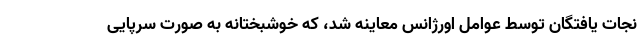
نجات یافتگان توسط عوامل اورژانس معاینه شد، که خوشبختانه به صورت سرپایی